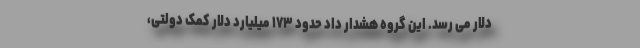
دلار می رسد. این گروه هشدار داد حدود ۱۷۳ میلیارد دلار کمک دولتی،